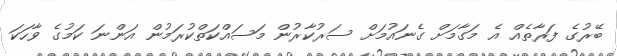
ބޭރުގެ ފަރާތެއް އެ މަގާމަށް ގެނައުމަށް ސަރުކާރުން މަސައްކަތްކުރަމުން އަންނަ ކަމުގެ ވާހަކަ